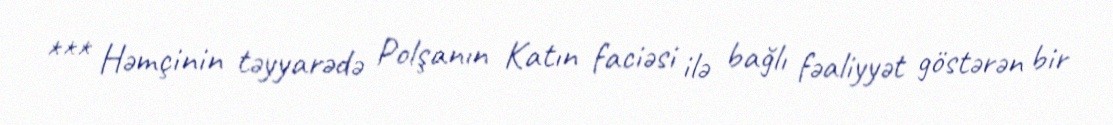
*** Həmçinin təyyarədə Polşanın Katın faciəsi ilə bağlı fəaliyyət göstərən bir